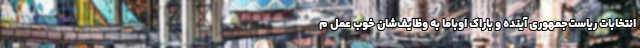
انتخابات ریاست‌جمهوری آینده و باراک اوباما به وظایف‌شان خوب عمل م